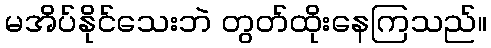
မအိပ်နိုင်သေးဘဲ တွတ်ထိုးနေကြသည်။